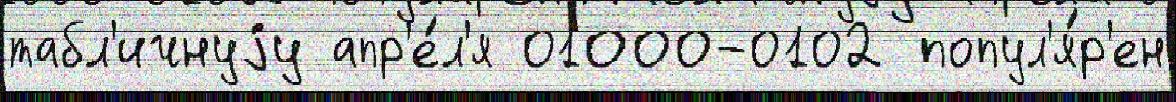
табл'ичнуjу апр'е́л'я 01000-0102 попул'я́р'ен